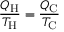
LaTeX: { \frac { Q _ { \mathrm { H } } } { T _ { \mathrm { H } } } } = { \frac { Q _ { \mathrm { C } } } { T _ { \mathrm { C } } } }